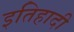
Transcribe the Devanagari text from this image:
इतिहादी